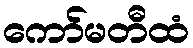
ကော်မတီထံ